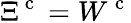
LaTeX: \Xi^{\mathrm{~c~}}=W^{\mathrm{~c~}}